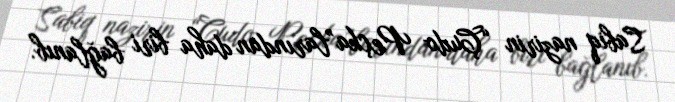
Sabiq nazirin “Çudo Peçka”larından daha biri bağlanıb.